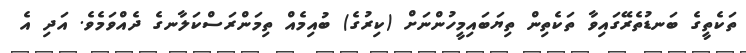
ތަކެތީގެ ބަނޑުތެރޭގައިވާ ތަކެތިން ތިޔަބައިމީހުންނަށް (ކިރުގެ) ބުއިމެއް ތިމަންރަސްކަލާނގެ ދެއްވަމެވެ. އަދި އެ